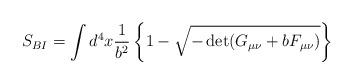
LaTeX: \begin{align*}S_{BI}=\int d^{4}x\frac{1}{b^{2}}\left\{ 1-\sqrt{-\det (G_{\mu \nu}+bF_{\mu \nu })}\right\} \, \end{align*}